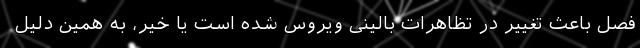
فصل باعث تغییر در تظاهرات بالینی ویروس شده است یا خیر، به همین دلیل